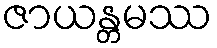
ဇာယန္တမဿ